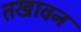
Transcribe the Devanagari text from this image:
तखावन